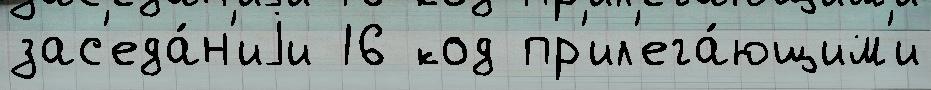
зас'еда́н'иjи 16 код пр'ил'ега́ющим'и